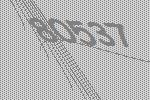
80537